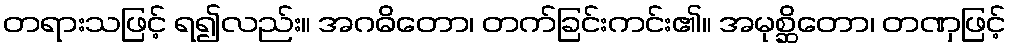
တရားသဖြင့် ရ၍လည်း။ အဂဓိတော၊ တက်ခြင်းကင်း၏။ အမုစ္ဆိတော၊ တဏှဖြင့်